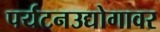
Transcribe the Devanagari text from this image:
पर्यटनउद्योगावर